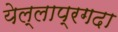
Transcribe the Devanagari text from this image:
येल्लाप्रगदा